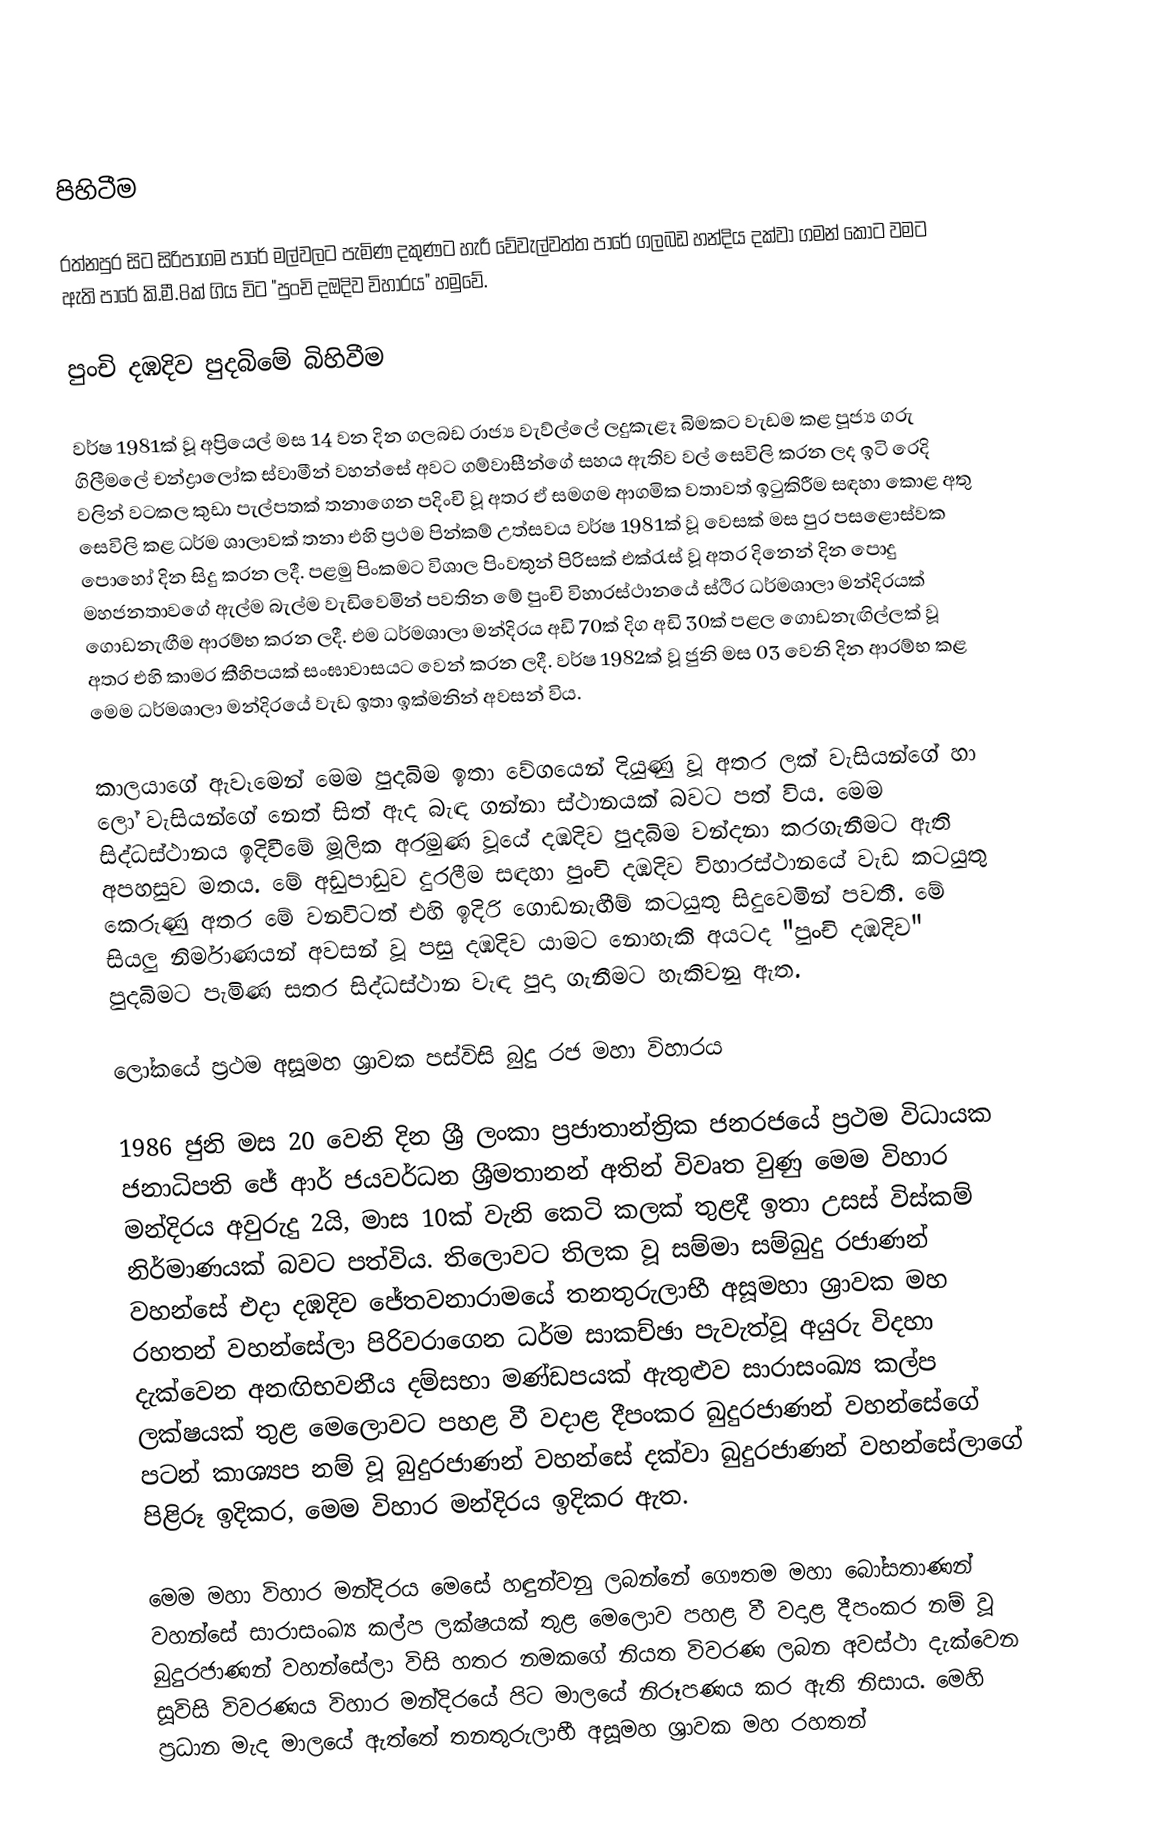

පිහිටීම

රත්නපුර සිට සිරිපාගම පාරේ මල්වලට පැමිණ දකුණට හැරී වේවැල්වත්ත පාරේ ගලබඩ හන්දිය දක්වා ගමන් කොට වමට ඇති පාරේ කි.මී.8ක් ගිය විට "පුංචි දඔදිව විහාරය" හමුවේ.

පුංචි දඹදිව පුදබිමේ බිහිවීම

වර්ෂ 1981ක් වූ අප්‍රියෙල් මස 14 වන දින ගලබඩ රාජ්‍ය වැව්ල්ලේ ලදුකැළෑ බිමකට වැඩම කළ පූජ්‍ය ගරු ගිලීමලේ චන්ද්‍රාලෝක ස්වාමීන් වහන්සේ අවට ගම්වාසීන්ගේ සහය ඇතිව වල් සෙවිලි කරන ලද ඉටි රෙදි වලින් වටකල කුඩා පැල්පතක් තනාගෙන පදිංචි වූ අතර ඒ සමගම ආගමික වතාවත් ඉටුකිරීම සඳහා කොළ අතු සෙවිලි කළ ධර්ම ශාලාවක් තනා එහි ප්‍රථම පින්කම් උත්සවය වර්ෂ 1981ක් වූ වෙසක් මස පුර පසළොස්වක පොහෝ දින සිදු කරන ලදී. පළමු පිංකමට විශාල පිංවතුන් පිරිසක් එක්රැස් වූ අතර දිනෙන් දින පොදු මහජනතාවගේ ඇල්ම බැල්ම වැඩිවෙමින් පවතින මේ පුංචි විහාරස්ථානයේ ස්ථිර ධර්මශාලා මන්දිරයක් ගොඩනැඟීම ආරම්භ කරන ලදී. එම ධර්මශාලා මන්දිරය අඩි 70ක් දිග අඩි 30ක් පළල ගොඩනැඟිල්ලක් වූ අතර එහි කාමර කීහිපයක් සංඝාවාසයට වෙන් කරන ලදී. වර්ෂ 1982ක් වූ ජුනි මස 03 වෙනි දින ආරම්භ කළ මෙම ධර්මශාලා මන්දිරයේ වැඩ ඉතා ඉක්මනින් අවසන් විය.

කාලයාගේ ඇවෑමෙන් මෙම පුදබිම ඉතා වේගයෙන් දියුණු වූ අතර ලක් වැසියන්ගේ හා ලෝ වැසියන්ගේ නෙත් සිත් ඇද බැඳ ගන්නා ස්ථානයක් බවට පත් විය. මෙම සිද්ධස්ථානය ඉදිවීමේ මූලික අරමුණ වූයේ දඹදිව පුදබිම වන්දනා කරගැනීමට ඇති අපහසුව මතය. මේ අඩුපාඩුව දුරලීම සඳහා පුංචි දඹදිව විහාරස්ථානයේ වැඩ කටයුතු කෙරුණු අතර මේ වනවිටත් එහි ඉදිරි ගොඩනැඟීම් කටයුතු සිදුවෙමින් පවතී. මේ සියලු නිර්මාණයන් අවසන් වූ පසු දඹදිව යාමට නොහැකි අයටද "පුංචි දඹදිව" පුදබිමට පැමිණ සතර සිද්ධස්ථාන වැඳ පුදා ගැනීමට හැකිවනු ඇත.

ලෝකයේ ප්‍රථම අසූමහ ශ්‍රාවක පස්විසි බුදු රජ මහා විහාරය

1986 ජුනි මස 20 වෙනි දින ශ්‍රී ලංකා ප්‍රජාතාන්ත්‍රික ජනරජයේ ප්‍රථම විධායක ජනාධිපති ජේ ආර් ජයවර්ධන ශ්‍රීමතානන් අතින් විවෘත වුණු මෙම විහාර මන්දිරය අවුරුදු 2යි, මාස 10ක් වැනි කෙටි කලක් තුළදී ඉතා උසස් විස්කම් නිර්මාණයක් බවට පත්විය. තිලොවට තිලක වූ සම්මා සම්බුදු රජාණන් වහන්සේ එදා දඹදිව ජේතවනාරාමයේ තනතුරුලාභී අසූමහා ශ්‍රාවක මහ රහතන් වහන්සේලා පිරිවරාගෙන ධර්ම සාකච්ඡා පැවැත්වූ අයුරු විදහා දැක්වෙන අනඟිභවනීය දම්සභා මණ්ඩපයක් ඇතුළුව සාරාසංඛ්‍ය කල්ප ලක්ෂයක් තුළ මෙලොවට පහළ වී වදාළ දීපංකර බුදුරජාණන් වහන්සේගේ පටන් කාශ්‍යප නම් වූ බුදුරජාණන් වහන්සේ දක්වා බුදුරජාණන් වහන්සේලාගේ පිළිරූ ඉදිකර, මෙම විහාර මන්දිරය ඉදිකර ඇත.

මෙම මහා විහාර මන්දිරය මෙසේ හඳුන්වනු ලබන්නේ ගෞතම මහා බෝසතාණන් වහන්සේ සාරාසංඛ්‍ය කල්ප ලක්ෂයක් තුළ මෙලොව පහළ වී වදාළ දීපංකර නම් වූ බුදුරජාණන් වහන්සේලා විසි හතර නමකගේ නියත විවරණ ලබන අවස්ථා දැක්වෙන  සූවිසි විවරණය විහාර මන්දිරයේ පිට මාලයේ නිරූපණය කර ඇති නිසාය. මෙහි ප්‍රධාන මැද මාලයේ ඇත්තේ තනතුරුලාභී අසූමහ ශ්‍රාවක මහ රහතන්